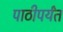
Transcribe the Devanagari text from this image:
पाठीपर्यंत